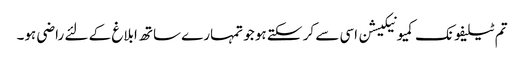
تم ٹیلیفونک کمیونیکیشن اسی سے کر سکتے ہو جو تمہارے ساتھ ابلاغ کے لئے راضی ہو۔